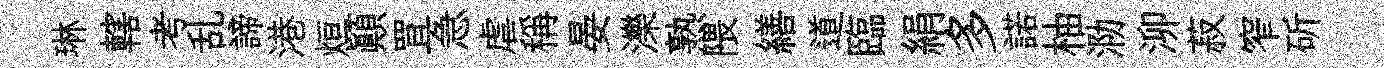
琳轄考乱諦港烜顚罝急虐稱晏濼熟隈繕道臨絹多諾柚泐泖菽窄斫